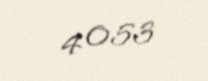
4 053